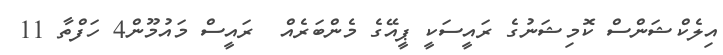
އިލެކްޝަންސް ކޮމިޝަނުގެ ރައީސަކީ ޕީއޭގެ މެންބަރެއް  ރައީސް މައުމޫން4 ހަފްތާ 11